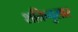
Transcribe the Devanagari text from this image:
शक्तिनुसार